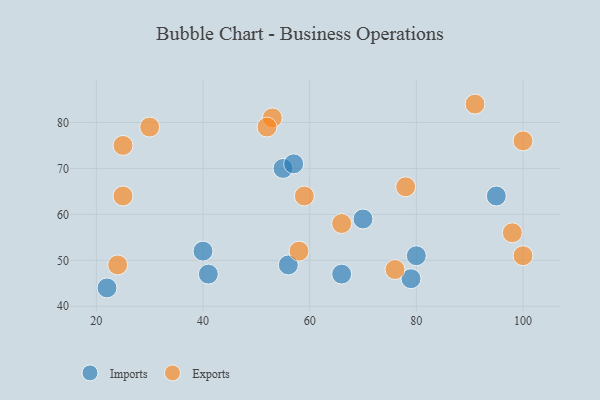
{"axis": {"x": "GDP", "y": "Life Expectancy"}, "legend": ["Exports", "Imports"], "data": [{"x": "56", "y": 49, "type": "Imports"}, {"x": "55", "y": 70, "type": "Imports"}, {"x": "66", "y": 47, "type": "Imports"}, {"x": "80", "y": 51, "type": "Imports"}, {"x": "22", "y": 44, "type": "Imports"}, {"x": "79", "y": 46, "type": "Imports"}, {"x": "41", "y": 47, "type": "Imports"}, {"x": "57", "y": 71, "type": "Imports"}, {"x": "40", "y": 52, "type": "Imports"}, {"x": "95", "y": 64, "type": "Imports"}, {"x": "70", "y": 59, "type": "Imports"}, {"x": "76", "y": 48, "type": "Exports"}, {"x": "78", "y": 66, "type": "Exports"}, {"x": "25", "y": 75, "type": "Exports"}, {"x": "25", "y": 64, "type": "Exports"}, {"x": "100", "y": 51, "type": "Exports"}, {"x": "53", "y": 81, "type": "Exports"}, {"x": "30", "y": 79, "type": "Exports"}, {"x": "24", "y": 49, "type": "Exports"}, {"x": "100", "y": 76, "type": "Exports"}, {"x": "52", "y": 79, "type": "Exports"}, {"x": "59", "y": 64, "type": "Exports"}, {"x": "98", "y": 56, "type": "Exports"}, {"x": "66", "y": 58, "type": "Exports"}, {"x": "91", "y": 84, "type": "Exports"}, {"x": "58", "y": 52, "type": "Exports"}]}